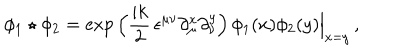
\phi _ { 1 } \star \phi _ { 2 } = \exp \, \Bigl ( \frac { i k } { 2 } \, \epsilon ^ { \mu \nu } \partial _ { \mu } ^ { x } \partial _ { \nu } ^ { y } \Bigr ) \, \phi _ { 1 } ( x ) \phi _ { 2 } ( y ) \Big \vert _ { x = y } \, ,